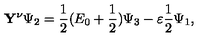
\mathbf { Y } ^ { \nu } \Psi _ { 2 } = \frac { 1 } { 2 } ( E _ { 0 } + \frac { 1 } { 2 } ) \Psi _ { 3 } - \varepsilon \frac { 1 } { 2 } \Psi _ { 1 } ,